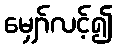
မျှော်လင့်၍